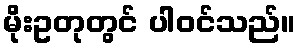
မိုးဥတုတွင် ပါဝင်သည်။